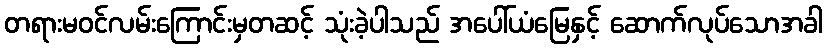
တရားမဝင်လမ်းကြောင်းမှတဆင့် သုံးခဲ့ပါသည် အပေါ်ယံမြေနှင့် ဆောက်လုပ်သောအခါ